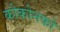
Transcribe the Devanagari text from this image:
कोकोनको